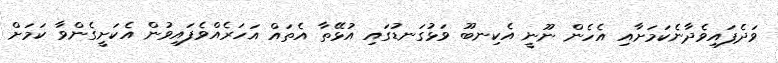
ވަދެފައިވެދާނެކަމަށާއި އެހެން ނޫނީ އެކިނބޫ ވަޅުގަނޑުގައި އުޅޭތާ އެތައް އަހަރެއްވެފައިވުން އެކަށީގެންވާ ކަމަށް